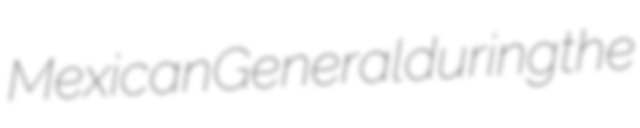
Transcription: Mexican General during the